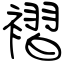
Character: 褶